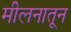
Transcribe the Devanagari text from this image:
मीलनातून